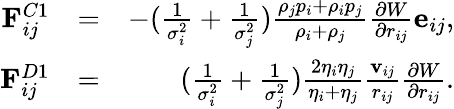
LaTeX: \begin{array}{rlr}{\mathbf{F}_{ij}^{C1}}&{=}&{-(\frac{1}{\sigma_{i}^{2}}+\frac{1}{\sigma_{j}^{2}})\frac{\rho_{j}p_{i}+\rho_{i}p_{j}}{\rho_{i}+\rho_{j}}\frac{\partial{W}}{\partial{r_{ij}}}\mathbf{e}_{ij},}\\ {\mathbf{F}_{ij}^{D1}}&{=}&{(\frac{1}{\sigma_{i}^{2}}+\frac{1}{\sigma_{j}^{2}})\frac{2\eta_{i}\eta_{j}}{\eta_{i}+\eta_{j}}\frac{\mathbf{v}_{ij}}{r_{ij}}\frac{\partial{W}}{\partial{r_{ij}}}.}\end{array}